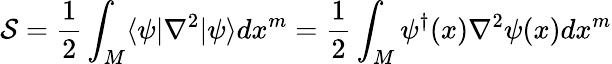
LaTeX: {\mathcal{S}}={\frac{1}{2}}\int_{M}\langle\psi|\nabla^{2}|\psi\rangle dx^{m}={\frac{1}{2}}\int_{M}\psi^{\dagger}(x)\nabla^{2}\psi(x)dx^{m}